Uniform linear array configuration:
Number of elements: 24
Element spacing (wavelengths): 0.25
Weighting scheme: hamming
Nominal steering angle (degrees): -15
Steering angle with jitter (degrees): -13.359
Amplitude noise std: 0.05
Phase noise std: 0.05

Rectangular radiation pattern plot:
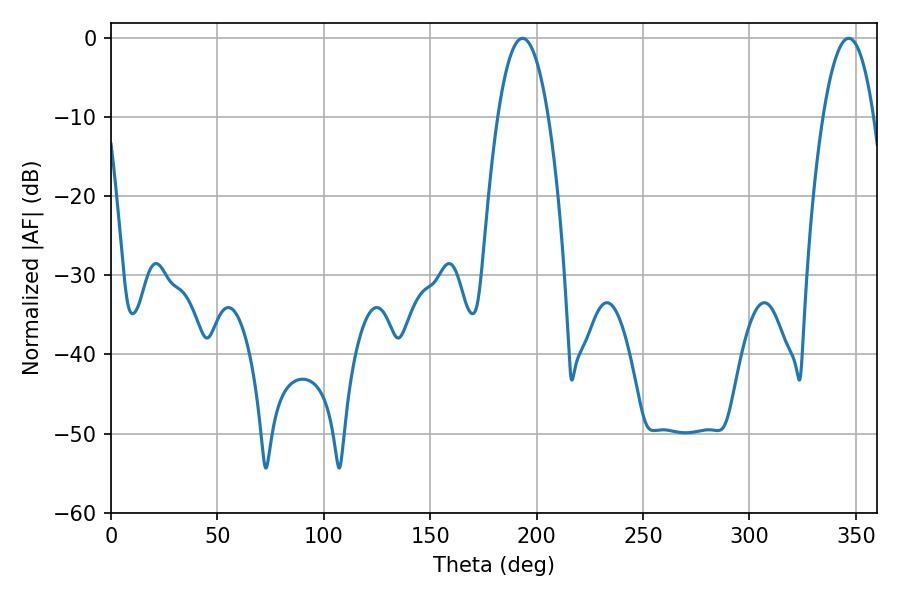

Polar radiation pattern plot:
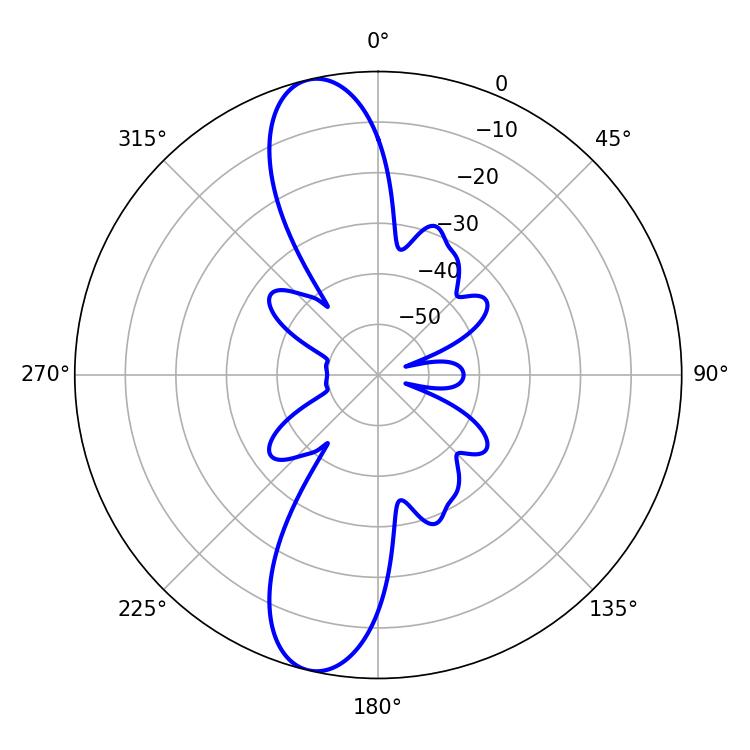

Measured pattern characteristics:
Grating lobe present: FALSE
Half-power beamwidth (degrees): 13.14
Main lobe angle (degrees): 193.32